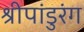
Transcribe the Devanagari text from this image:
श्रीपांडुरंग